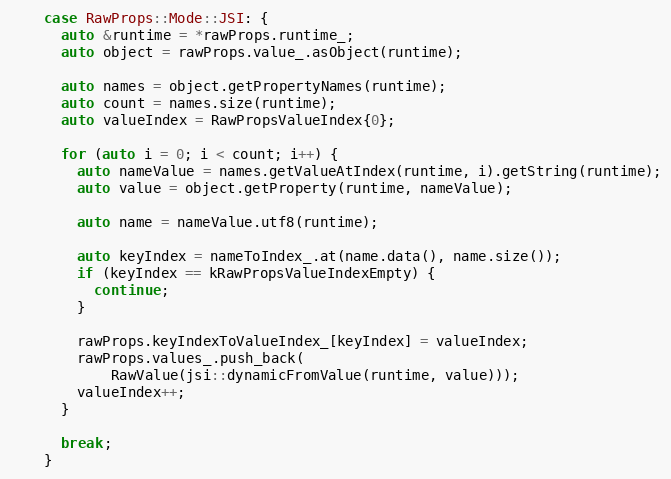
Language: C++
    case RawProps::Mode::JSI: {
      auto &runtime = *rawProps.runtime_;
      auto object = rawProps.value_.asObject(runtime);

      auto names = object.getPropertyNames(runtime);
      auto count = names.size(runtime);
      auto valueIndex = RawPropsValueIndex{0};

      for (auto i = 0; i < count; i++) {
        auto nameValue = names.getValueAtIndex(runtime, i).getString(runtime);
        auto value = object.getProperty(runtime, nameValue);

        auto name = nameValue.utf8(runtime);

        auto keyIndex = nameToIndex_.at(name.data(), name.size());
        if (keyIndex == kRawPropsValueIndexEmpty) {
          continue;
        }

        rawProps.keyIndexToValueIndex_[keyIndex] = valueIndex;
        rawProps.values_.push_back(
            RawValue(jsi::dynamicFromValue(runtime, value)));
        valueIndex++;
      }

      break;
    }